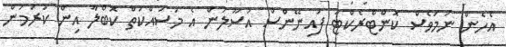
އެހެން ނަމަވެސް ކޮންޓްރެކްޓަ ފައިނޭންސް އުސޫލުން އެ މަސައްކަތް ކޮބްލާ އިން ކުރަމުން